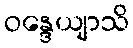
ဝန္ဒေယျာသိ